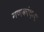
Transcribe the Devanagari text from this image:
गणकांच्या